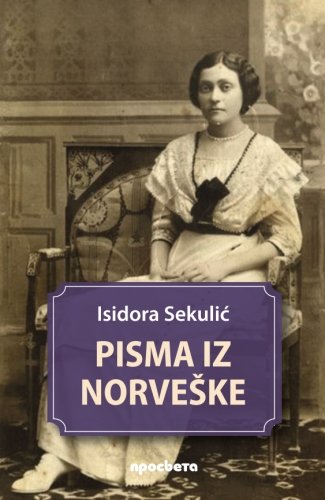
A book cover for Pisma iz Norveske (Serbian Edition); Isidora Sekulic; Travel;